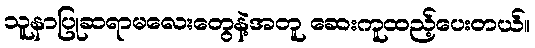
သူနာပြုဆရာမလေးတွေနဲ့အတူ ဆေးကူထည့်ပေးတယ်။